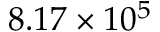
8 . 1 7 \times 1 0 ^ { 5 }